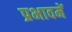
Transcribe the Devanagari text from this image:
प्रभावमें